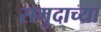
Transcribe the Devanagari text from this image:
समुदाच्या